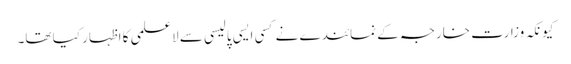
کیونکہ وزارت خارجہ کے نمائندے نے کسی ایسی پالیسی سے لاعلمی کا اظہار کیا تھا۔